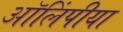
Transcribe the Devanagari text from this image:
ऑलिंपीया